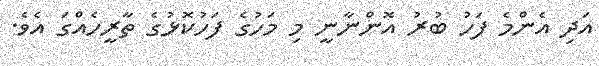
އަދި އެންމެ ފަހު ބުރު އޮންނާނީ މި މަހުގެ ފަހުކޮޅުގެ ތާރީހެއްގަ އެވެ.